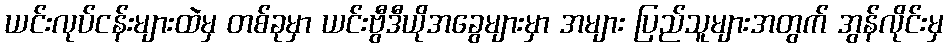
ယင်းလုပ်ငန်းများထဲမှ တစ်ခုမှာ ယင်းဗွီဒီယိုအခွေများမှာ အများ ပြည်သူများအတွက် အွန်လိုင်းမှ